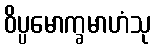
ဝိပ္ပမောက္ခမာဟံသု